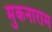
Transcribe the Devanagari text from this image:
मुकनाराम